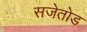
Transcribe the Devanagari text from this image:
सजेतोड